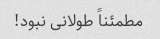
مطمئناً طولانی نبود!